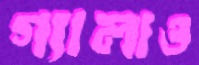
গ্যালাও